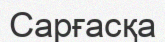
Сарғасқа